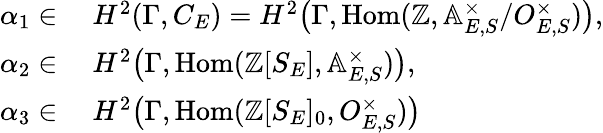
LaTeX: \begin{array}{rl}{\alpha_{1}\in}&{\ H^{2}({\Gamma},C_{E})=H^{2}\big({\Gamma},\mathrm{Hom}(\mathbb{Z},\mathbb{A}_{E,S}^{\times}/O_{E,S}^{\times})\big),}\\ {\alpha_{2}\in}&{\ H^{2}\big({\Gamma},\mathrm{Hom}(\mathbb{Z}[S_{E}],\mathbb{A}_{E,S}^{\times})\big),}\\ {\alpha_{3}\in}&{\ H^{2}\big({\Gamma},\mathrm{Hom}(\mathbb{Z}[S_{E}]_{0},O_{E,S}^{\times})\big)}\end{array}